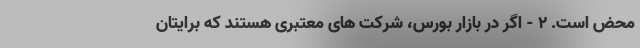
محض است. 2 - اگر در بازار بورس، شرکت های معتبری هستند که برایتان